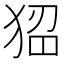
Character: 𤟁